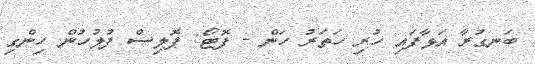
ބަނގުރާ އަޅާފައި ހުރި ހަތަރު ހަން - ފޮޓޯ: ޕޮލިސް ފުލުހުން ހިންގި